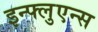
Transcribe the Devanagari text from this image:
इन्फ्लुएन्स